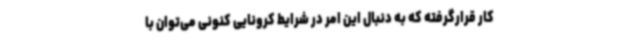
کار قرارگرفته که به دنبال این امر در شرایط کرونایی کنونی می‌توان با